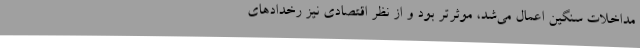
مداخلات سنگین اعمال می‌شد، موثرتر بود و از نظر اقتصادی نیز رخدادهای